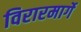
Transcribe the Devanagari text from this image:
विरारमार्गे